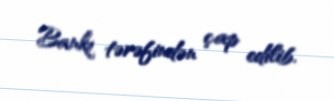
Bankı tərəfindən çap edilib.